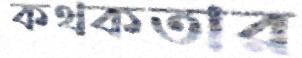
কথকতার